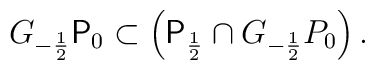
G_{-\frac{1}{2}} \mbox{\sf P}_0 \subset \left( \mbox{\sf P}_{\frac{1}{2}}         \cap G_{-\frac{1}{2}}P_0 \right).